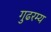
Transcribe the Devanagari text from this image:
गुढरम्य